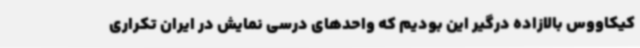
کیکاووس بالازاده درگیر این بودیم که واحدهای درسی نمایش در ایران تکراری